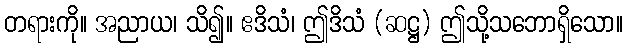
တရားကို။ အညာယ၊ သိ၍။ ဧဒိသံ၊ ဤဒိသံ (ဆဋ္ဌ) ဤသို့သဘောရှိသော။